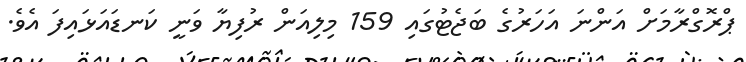
ޕްރޮގްރާމަށް އަންނަ އަހަރުގެ ބަޖެޓުގައި 159 މިލިއަން ރުފިޔާ ވަނީ ކަނޑައަޅައިފަ އެވެ.